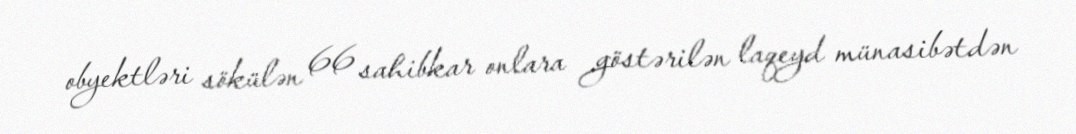
obyektləri sökülən 66 sahibkar onlara göstərilən laqeyd münasibətdən